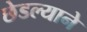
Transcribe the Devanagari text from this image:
छेडल्याने